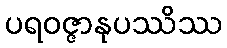
ပရဝဇ္ဇာနုပဿိဿ